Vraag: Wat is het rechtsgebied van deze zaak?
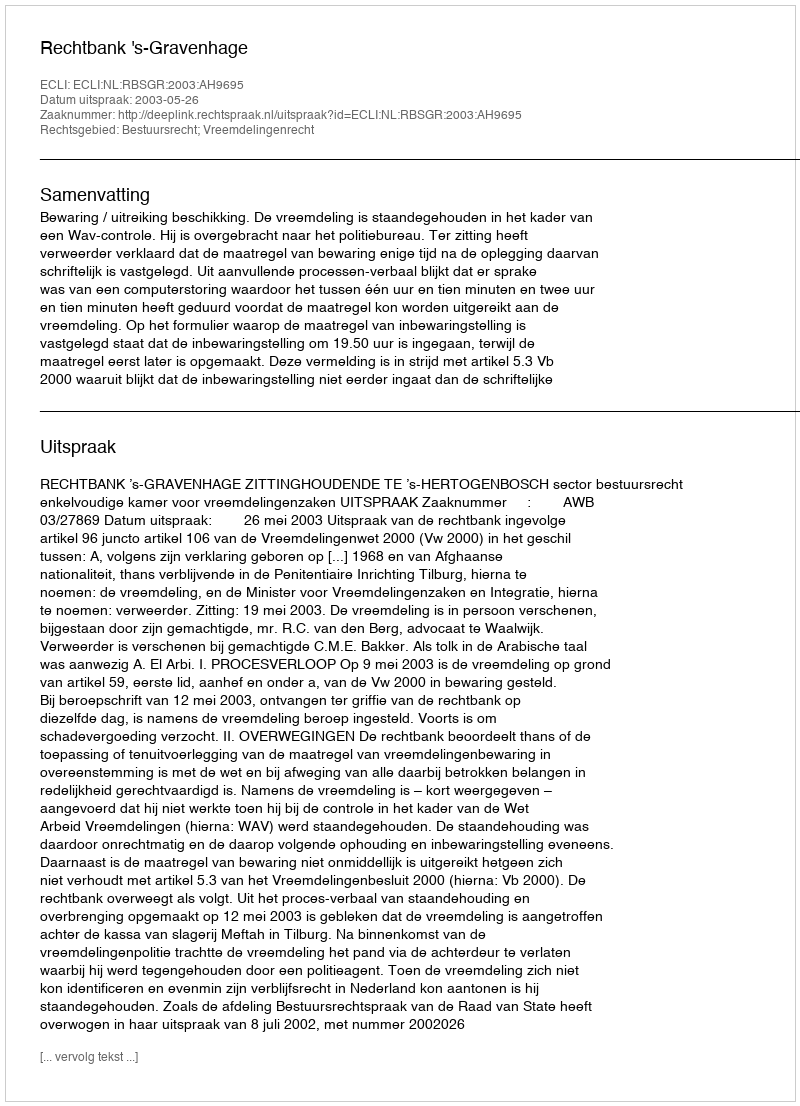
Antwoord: Bestuursrecht; Vreemdelingenrecht